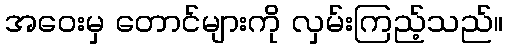
အဝေးမှ တောင်များကို လှမ်းကြည့်သည်။